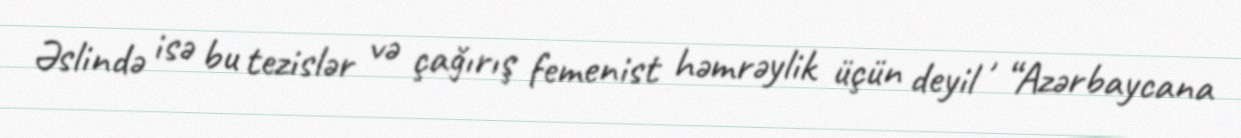
Əslində isə bu tezislər və çağırış femenist həmrəylik üçün deyil , “Azərbaycana